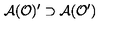
\mathcal { A } ( \mathcal { O } ) ^ { \prime } \supset \mathcal { A } ( \mathcal { O } ^ { \prime } )